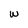
Character: w